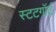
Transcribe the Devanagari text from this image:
स्टटगॉर्ट